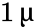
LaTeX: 1\, \upmu